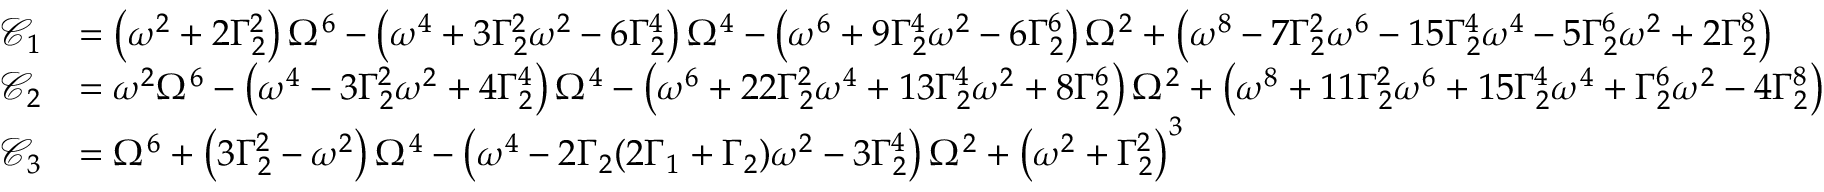
\begin{array} { r l } { \mathcal C _ { 1 } } & { = \left( \omega ^ { 2 } + 2 \Gamma _ { 2 } ^ { 2 } \right) \Omega ^ { 6 } - \left( \omega ^ { 4 } + 3 \Gamma _ { 2 } ^ { 2 } \omega ^ { 2 } - 6 \Gamma _ { 2 } ^ { 4 } \right) \Omega ^ { 4 } - \left( \omega ^ { 6 } + 9 \Gamma _ { 2 } ^ { 4 } \omega ^ { 2 } - 6 \Gamma _ { 2 } ^ { 6 } \right) \Omega ^ { 2 } + \left( \omega ^ { 8 } - 7 \Gamma _ { 2 } ^ { 2 } \omega ^ { 6 } - 1 5 \Gamma _ { 2 } ^ { 4 } \omega ^ { 4 } - 5 \Gamma _ { 2 } ^ { 6 } \omega ^ { 2 } + 2 \Gamma _ { 2 } ^ { 8 } \right) } \\ { \mathcal C _ { 2 } } & { = \omega ^ { 2 } \Omega ^ { 6 } - \left( \omega ^ { 4 } - 3 \Gamma _ { 2 } ^ { 2 } \omega ^ { 2 } + 4 \Gamma _ { 2 } ^ { 4 } \right) \Omega ^ { 4 } - \left( \omega ^ { 6 } + 2 2 \Gamma _ { 2 } ^ { 2 } \omega ^ { 4 } + 1 3 \Gamma _ { 2 } ^ { 4 } \omega ^ { 2 } + 8 \Gamma _ { 2 } ^ { 6 } \right) \Omega ^ { 2 } + \left( \omega ^ { 8 } + 1 1 \Gamma _ { 2 } ^ { 2 } \omega ^ { 6 } + 1 5 \Gamma _ { 2 } ^ { 4 } \omega ^ { 4 } + \Gamma _ { 2 } ^ { 6 } \omega ^ { 2 } - 4 \Gamma _ { 2 } ^ { 8 } \right) } \\ { \mathcal C _ { 3 } } & { = \Omega ^ { 6 } + \left( 3 \Gamma _ { 2 } ^ { 2 } - \omega ^ { 2 } \right) \Omega ^ { 4 } - \left( \omega ^ { 4 } - 2 \Gamma _ { 2 } ( 2 \Gamma _ { 1 } + \Gamma _ { 2 } ) \omega ^ { 2 } - 3 \Gamma _ { 2 } ^ { 4 } \right) \Omega ^ { 2 } + \left( \omega ^ { 2 } + \Gamma _ { 2 } ^ { 2 } \right) ^ { 3 } } \end{array}